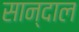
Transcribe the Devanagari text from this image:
सान्दाल